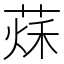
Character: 𦵒